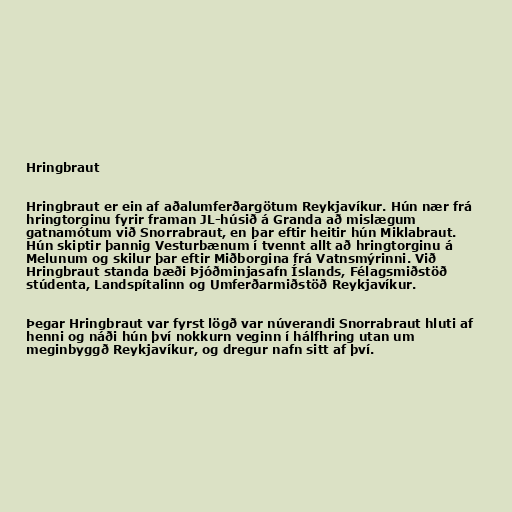
Hringbraut

Hringbraut er ein af aðalumferðargötum Reykjavíkur. Hún nær frá
hringtorginu fyrir framan JL-húsið á Granda að mislægum
gatnamótum við Snorrabraut, en þar eftir heitir hún Miklabraut.
Hún skiptir þannig Vesturbænum í tvennt allt að hringtorginu á
Melunum og skilur þar eftir Miðborgina frá Vatnsmýrinni. Við
Hringbraut standa bæði Þjóðminjasafn Íslands, Félagsmiðstöð
stúdenta, Landspítalinn og Umferðarmiðstöð Reykjavíkur.

Þegar Hringbraut var fyrst lögð var núverandi Snorrabraut hluti af
henni og náði hún því nokkurn veginn í hálfhring utan um
meginbyggð Reykjavíkur, og dregur nafn sitt af því.